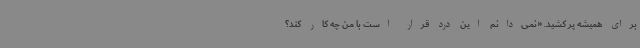
برای همیشه پر کشید. «نمی‌دانم این درد قرار است با من چه کار کند؟